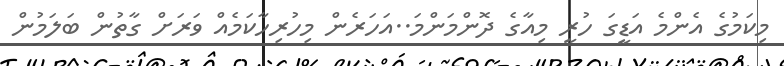
މިކަމުގެ އެންމެ އަޑީގަ ހުރީ މިއާގެ ދޮންމަންމަ..އަހަރެން މިހުރިހާކަމެއް ވަރަށް ގާތުން ބަލަމުން